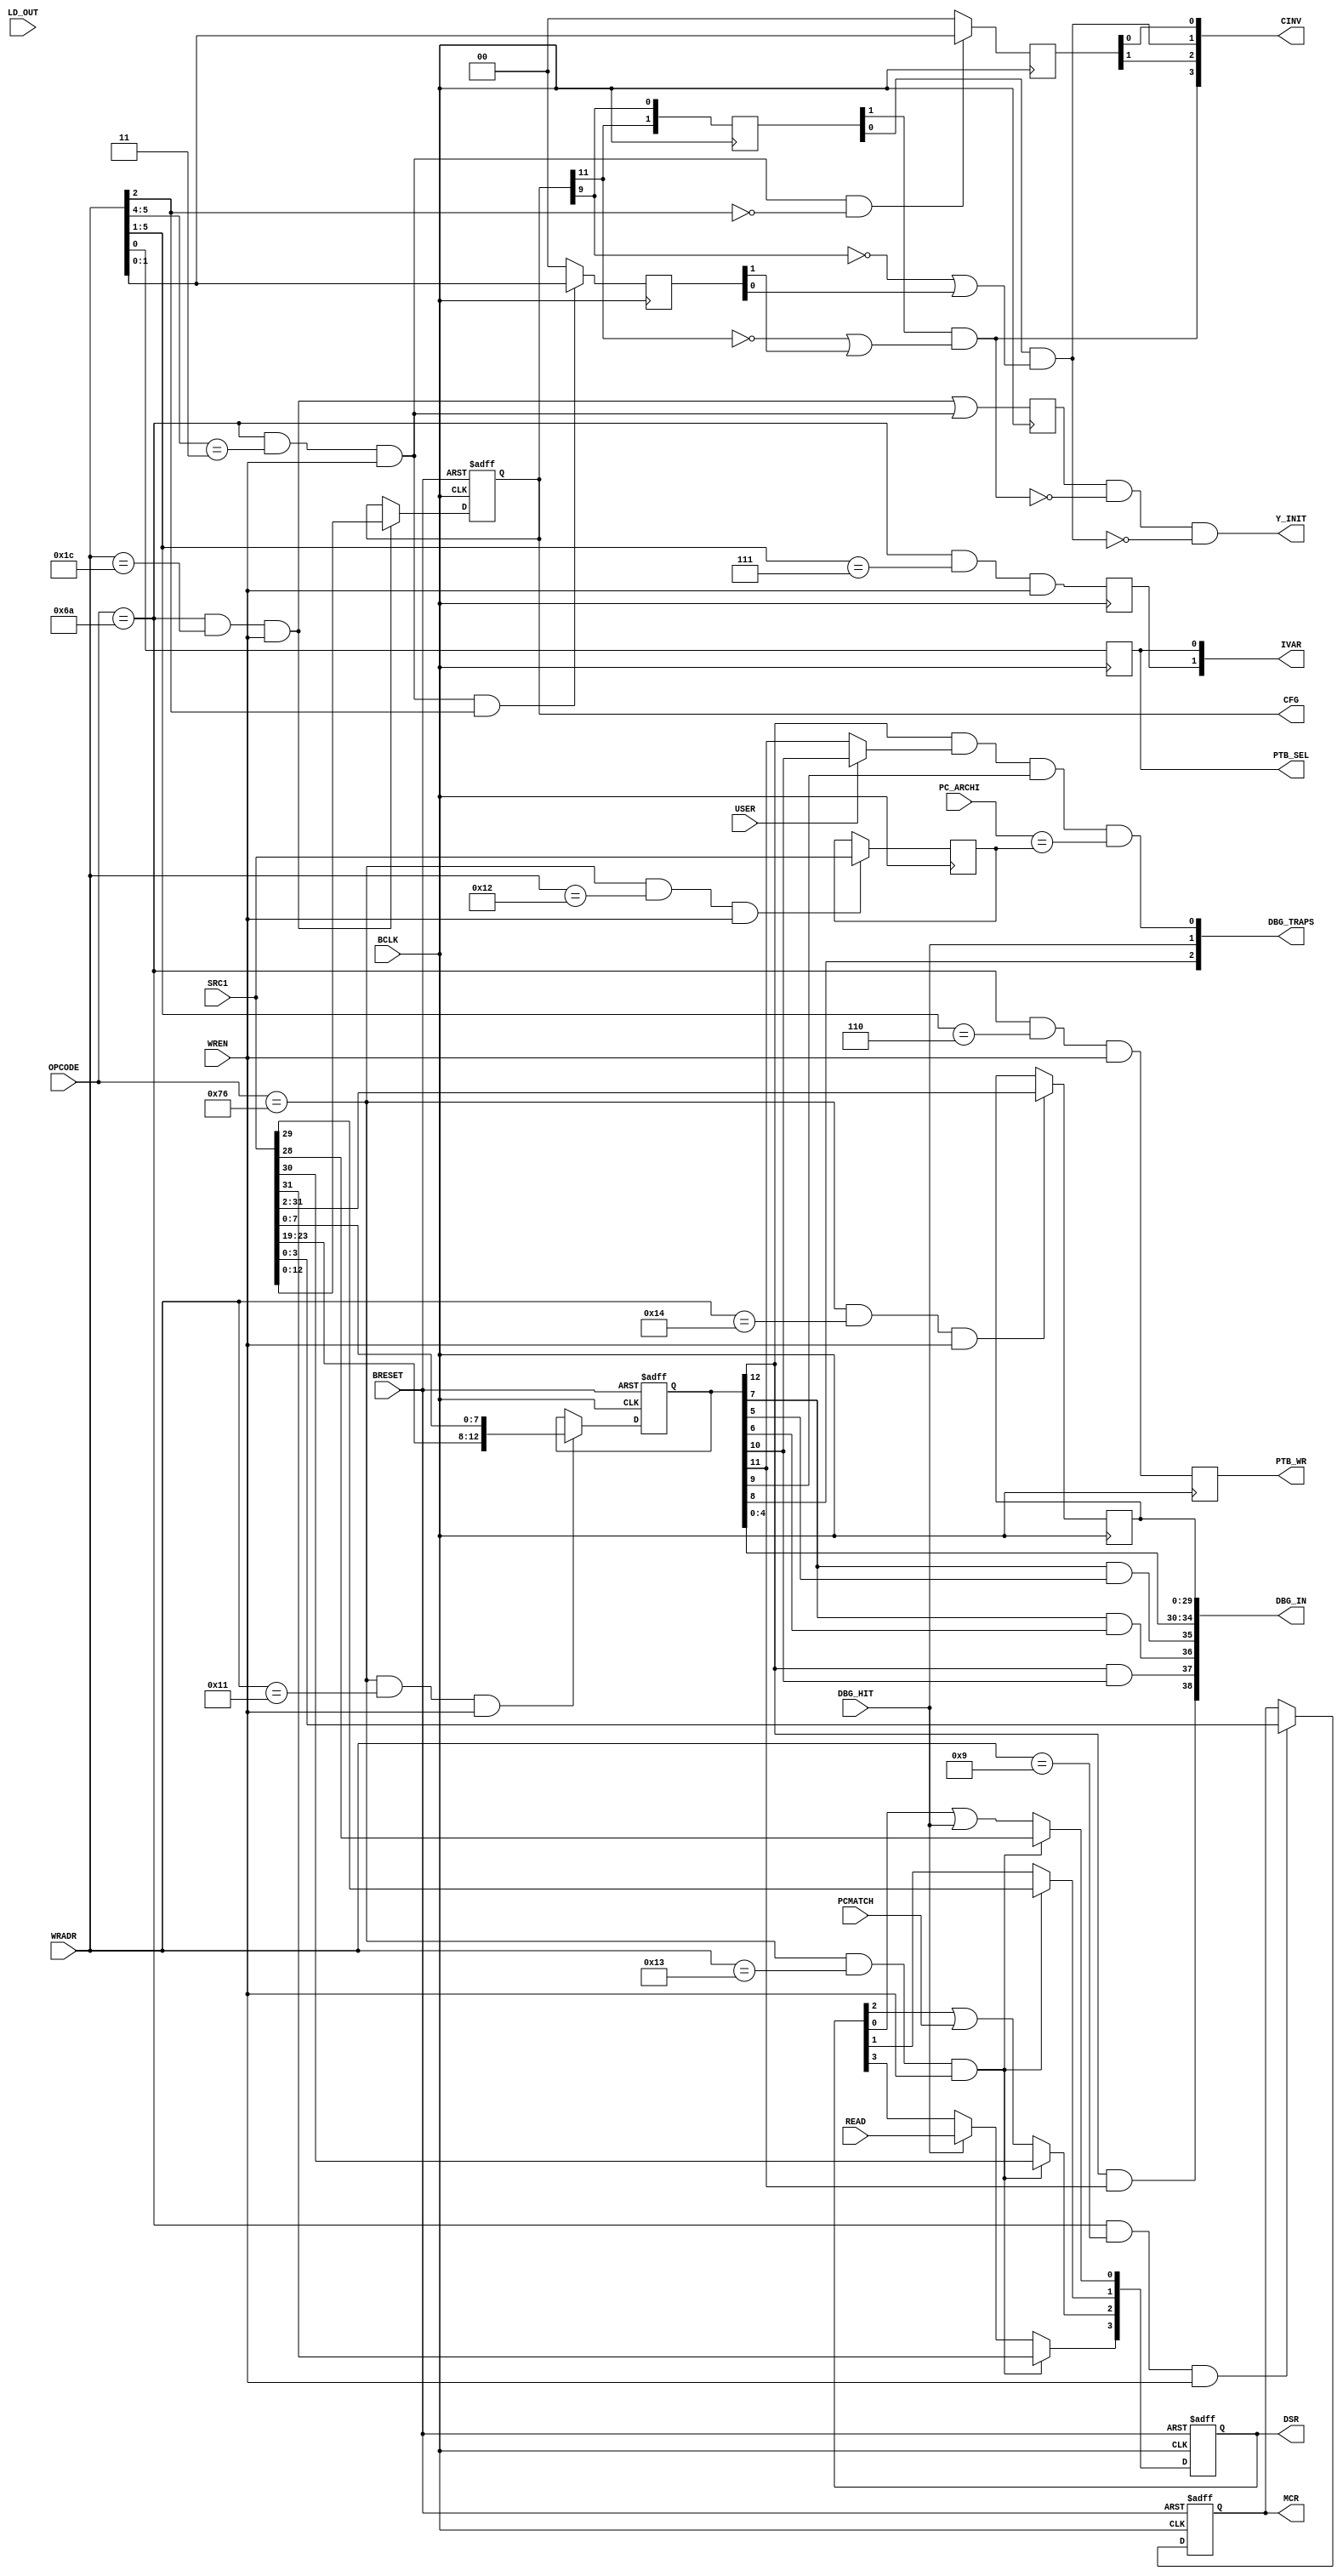
module CONFIG_REGS ( BCLK, BRESET, WREN, LD_OUT, OPCODE, SRC1, WRADR, PC_ARCHI, USER, PCMATCH, DBG_HIT, READ,
					 CFG, MCR, PTB_WR, PTB_SEL, IVAR, CINV, Y_INIT, DSR, DBG_TRAPS, DBG_IN );
	input			BCLK,BRESET;
	input			WREN,LD_OUT;
	input	 [7:0]	OPCODE;
	input	[31:0]	SRC1;
	input	 [5:0]	WRADR;
	input	[31:0]	PC_ARCHI;
	input			USER;
	input			PCMATCH;
	input			DBG_HIT;
	input			READ;
	output	[12:0]	CFG;
	output	 [3:0]	MCR;
	output			PTB_WR;
	output			PTB_SEL;
	output	 [1:0]	IVAR;
	output	 [3:0]	CINV;
	output			Y_INIT;
	output	 [3:0]	DSR;
	output	 [2:0]	DBG_TRAPS;
	output	[40:2]	DBG_IN;
	reg		 [3:0]	MCR;
	reg		[12:0]	CFG;
	reg		 [1:0]	old_cfg;
	reg				PTB_WR,PTB_SEL;
	reg				ivarreg;
	reg		 [1:0]	ci_all,ci_line;
	reg				check_y;
	wire			ld_cfg,ld_mcr,do_cinv;
	wire			init_ic,init_dc;
	wire			op_ok;
	assign op_ok = (OPCODE == 8'h6A);	
	assign ld_cfg  = op_ok & (WRADR == 6'h1C)	   & WREN;
	assign ld_mcr  = op_ok & (WRADR == 6'd9)	   & WREN;
	assign do_cinv = op_ok & (WRADR[5:4] == 2'b11) & WREN;
	always @(posedge BCLK or negedge BRESET)
		if (!BRESET) CFG <= 13'h0;
			else if (ld_cfg) CFG <= SRC1[12:0];
	always @(posedge BCLK or negedge BRESET)
		if (!BRESET) MCR <= 4'h0;
			else if (ld_mcr) MCR <= SRC1[3:0];
	always @(posedge BCLK) ivarreg <= op_ok & (WRADR[5:1] == 5'd7) & WREN;	
	assign IVAR = {ivarreg,PTB_SEL};
	always @(posedge BCLK) PTB_WR  <= op_ok & (WRADR[5:1] == 5'd6) & WREN;	
	always @(posedge BCLK) PTB_SEL <= WRADR[0];
	always @(posedge BCLK) old_cfg <= {CFG[11],CFG[9]};
	always @(posedge BCLK) ci_all  <= do_cinv &  WRADR[2] ? WRADR[1:0] : 2'b0;	
	always @(posedge BCLK) ci_line <= do_cinv & ~WRADR[2] ? WRADR[1:0] : 2'b0;	
	assign init_ic = old_cfg[1] & (~CFG[11] | ci_all[1]);
	assign init_dc = old_cfg[0] & (~CFG[9]  | ci_all[0]);
	assign CINV = {init_ic,ci_line[1],init_dc,ci_line[0]};
	always @(posedge BCLK) check_y <= ld_cfg | do_cinv;
	assign Y_INIT = check_y & ~init_ic & ~init_dc;	
	reg		 [3:0]	DSR;
	reg		[12:0]	dcr;
	reg		[31:0]	bpc;
	reg		[31:2]	car;
	wire			op_dbg,ld_dcr,ld_bpc,ld_dsr,ld_car;
	wire			enable;
	assign op_dbg = (OPCODE == 8'h76);
	assign ld_dcr = op_dbg & (WRADR == 6'h11) & WREN;
	assign ld_bpc = op_dbg & (WRADR == 6'h12) & WREN;
	assign ld_dsr = op_dbg & (WRADR == 6'h13) & WREN;
	assign ld_car = op_dbg & (WRADR == 6'h14) & WREN;
	assign enable = dcr[12] & (USER ? dcr[10] : dcr[11]);	
	always @(posedge BCLK or negedge BRESET)
		if (!BRESET) dcr <= 13'd0;
			else if (ld_dcr) dcr <= {SRC1[23:19],SRC1[7:0]};
	always @(posedge BCLK) if (ld_bpc) bpc <= SRC1;
	always @(posedge BCLK) if (ld_car) car <= SRC1[31:2];
	assign DBG_IN = {(dcr[12] & dcr[11]),(dcr[12] & dcr[10]),(dcr[7] & dcr[6]),(dcr[7] & dcr[5]),dcr[4:0],car};
	always @(posedge BCLK or negedge BRESET)
		if (!BRESET) DSR <= 4'd0;
		  else
			if (ld_dsr) DSR <= SRC1[31:28];
			  else
				begin
				  DSR[3] <= DBG_HIT ? READ : DSR[3];
				  DSR[2] <= DSR[2] | PCMATCH;
				  DSR[1] <= DSR[1];
				  DSR[0] <= DSR[0] | DBG_HIT;
				end
	assign DBG_TRAPS[0] = enable & dcr[9] & (PC_ARCHI == bpc);	
	assign DBG_TRAPS[1] = DBG_HIT;	
	assign DBG_TRAPS[2] = dcr[8];	
endmodule